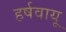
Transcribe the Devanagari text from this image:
हर्षवायू